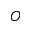
O